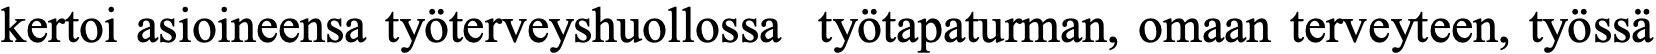
kertoi asioineensa työterveyshuollossa työtapaturman, omaan terveyteen, työssä